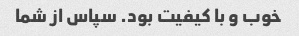
خوب و با کیفیت بود. سپاس از شما